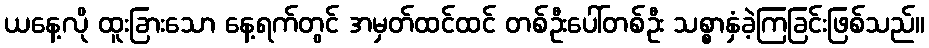
ယနေ့လို ထူးခြားသော နေ့ရက်တွင် အမှတ်ထင်ထင် တစ်ဦးပေါ်တစ်ဦး သစ္စာနှံခဲ့ကြခြင်းဖြစ်သည်။